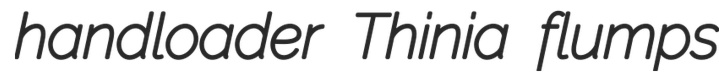
handloader Thinia flumps